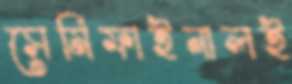
সেমিফাইনালই